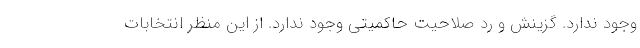
وجود ندارد. گزینش و رد صلاحیت حاکمیتی وجود ندارد. از این منظر انتخابات